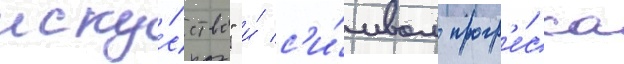
иску́сство" и́ с'и́мвол прогр'е́сса